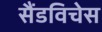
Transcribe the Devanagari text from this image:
सैंडविचेस